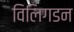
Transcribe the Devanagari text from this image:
विलिगडन